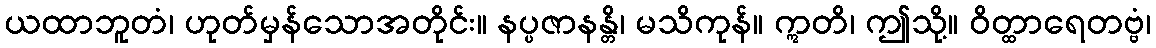
ယထာဘူတံ၊ ဟုတ်မှန်သောအတိုင်း။ နပ္ပဇာနန္တိ၊ မသိကုန်။ ဣတိ၊ ဤသို့။ ဝိတ္ထာရေတဗ္ဗံ၊